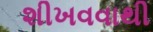
શીખવવાથી